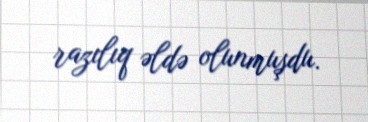
razılıq əldə olunmuşdu.